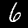
Label: 6